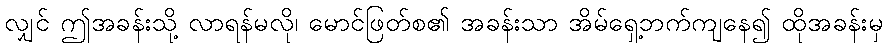
လျှင် ဤအခန်းသို့ လာရန်မလို၊ မောင်ဖြတ်စ၏ အခန်းသာ အိမ်ရှေ့ဘက်ကျနေ၍ ထိုအခန်းမှ